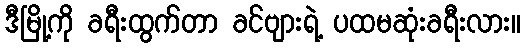
ဒီမြို့ကို ခရီးထွက်တာ ခင်ဗျားရဲ့ ပထမဆုံးခရီးလား။